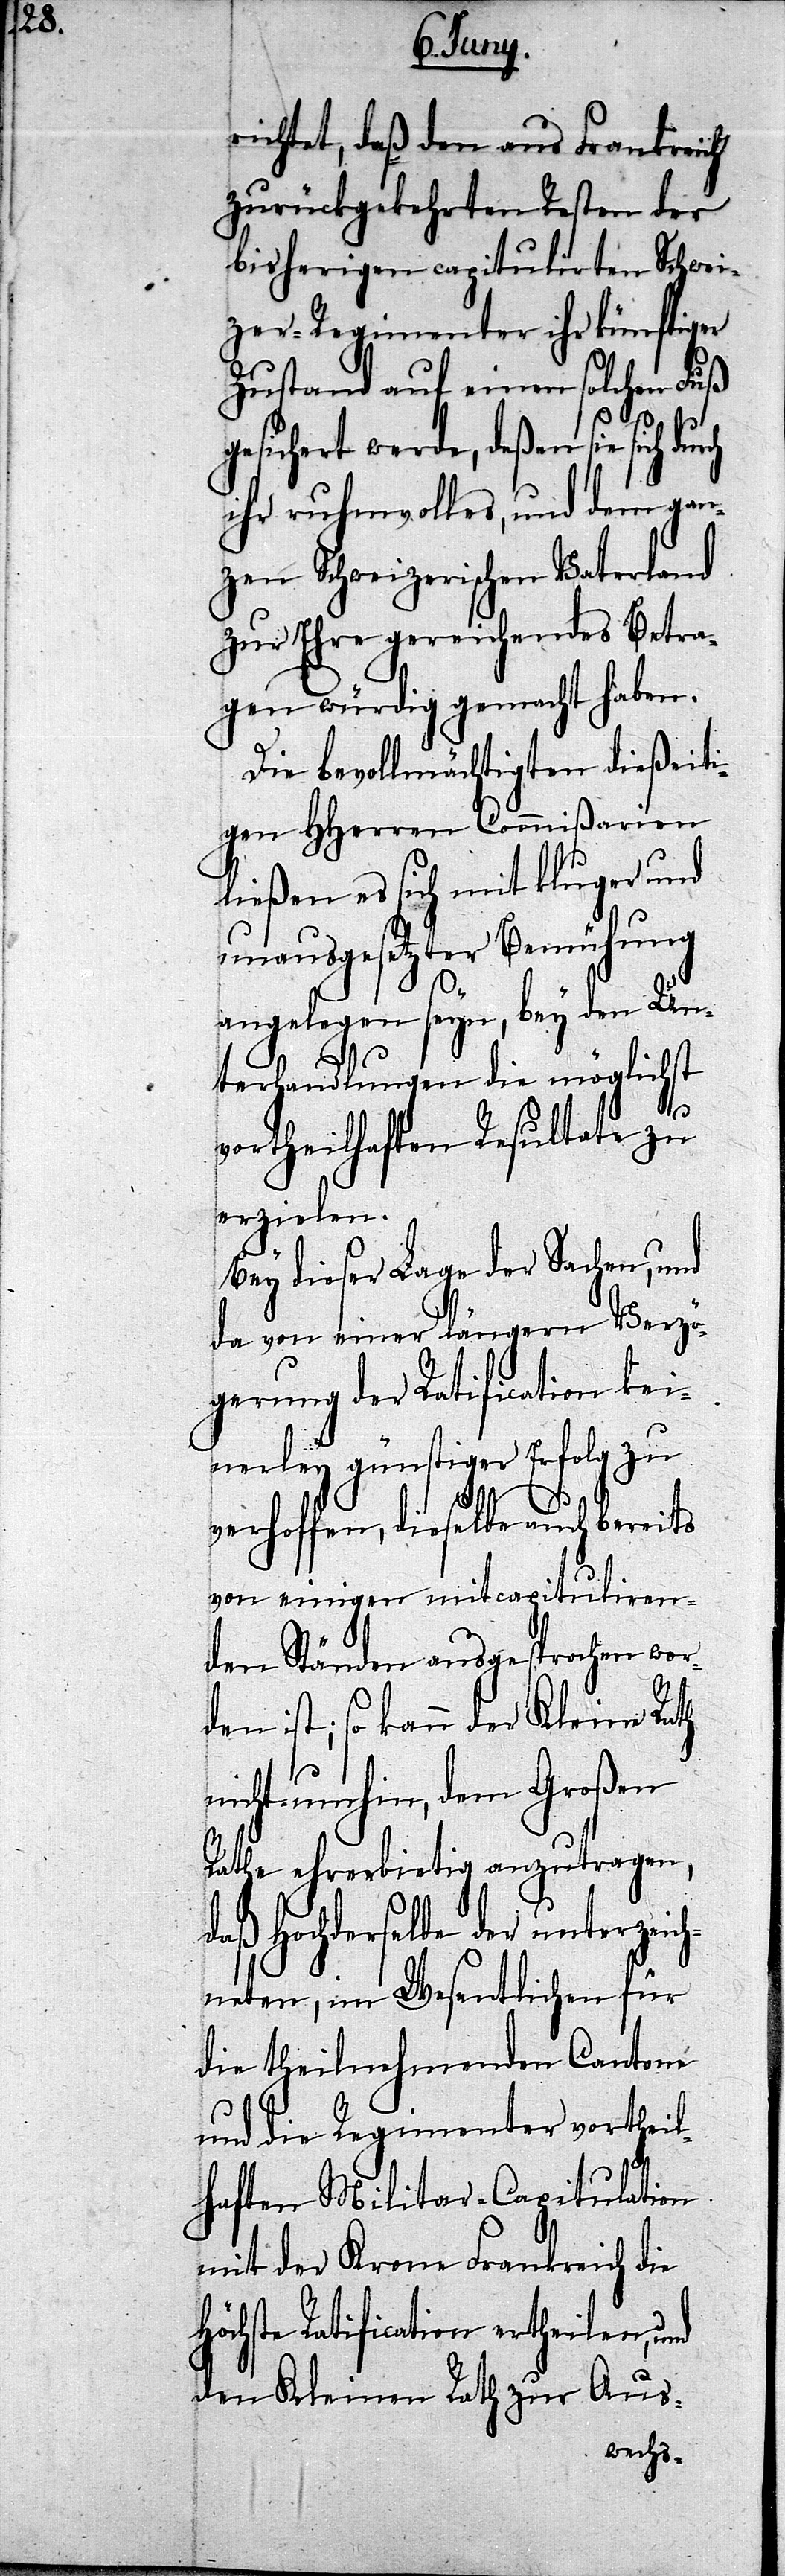
ch

richtet, daß den aus Frankreich
zurückgekehrten Resten der
bisherigen capitulirten Schwei¬
zer-Regimenter ihr künftiger
Zustand auf einen solchen Fuß
gesichert werde, deßen sie sich dur¬
ihr ruhmvolles, und dem gan¬
zen Schweizerischen Vaterland
zur Ehre gereichendes Betra¬
gen würdig gemacht haben.
Die bevollmächtigten dießeiti¬
gen HHerren Commißarien
ließen es sich mit kluger und
unausgesetzter Bemühung
angelegen seyn, bey den Un¬
terhandlungen die möglichst
vortheilhaften Resultate zu
erzielen.
Bey dieser Lage der Sachen, und
da von einer längern Verzö¬
gerung der Ratification kei¬
nerley günstiger Erfolg zu
verhoffen, dieselbe auch bereits
von einigen mitcapituliren¬
den Ständen ausgesprochen wor¬
den ist; so kann der Kleine Rath
nicht umhin, dem Großen
Rathe ehrerbietig anzutragen,
daß Hochderselbe der unterzeic¬
hneten, im Wesentlichen für
die theilnehmenden Cantone
und die Regimenter vortheil¬
haften Militar-Capitulation
mit der Krone Frankreich die
Höchste Ratification ertheilen,
den kleinen Rath zur Aus-